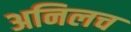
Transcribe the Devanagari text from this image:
अनिलच